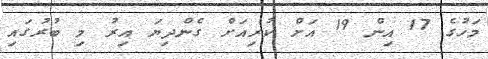
މަހުގެ 17 އިން 19 އަށް ކުރިއަށް ގެންދިޔަ އިރު މި ބުރުގައި